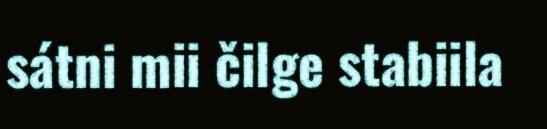
sátni mii čilge stabiila